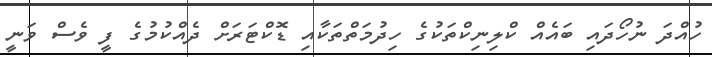
ހުއްދަ ނުހޯދައި ބައެއް ކްލިނިކްތަކުގެ ހިދުމަތްތަކާއި ޑޮކްޓަރަށް ދެއްކުމުގެ ފީ ވެސް ވަނީ